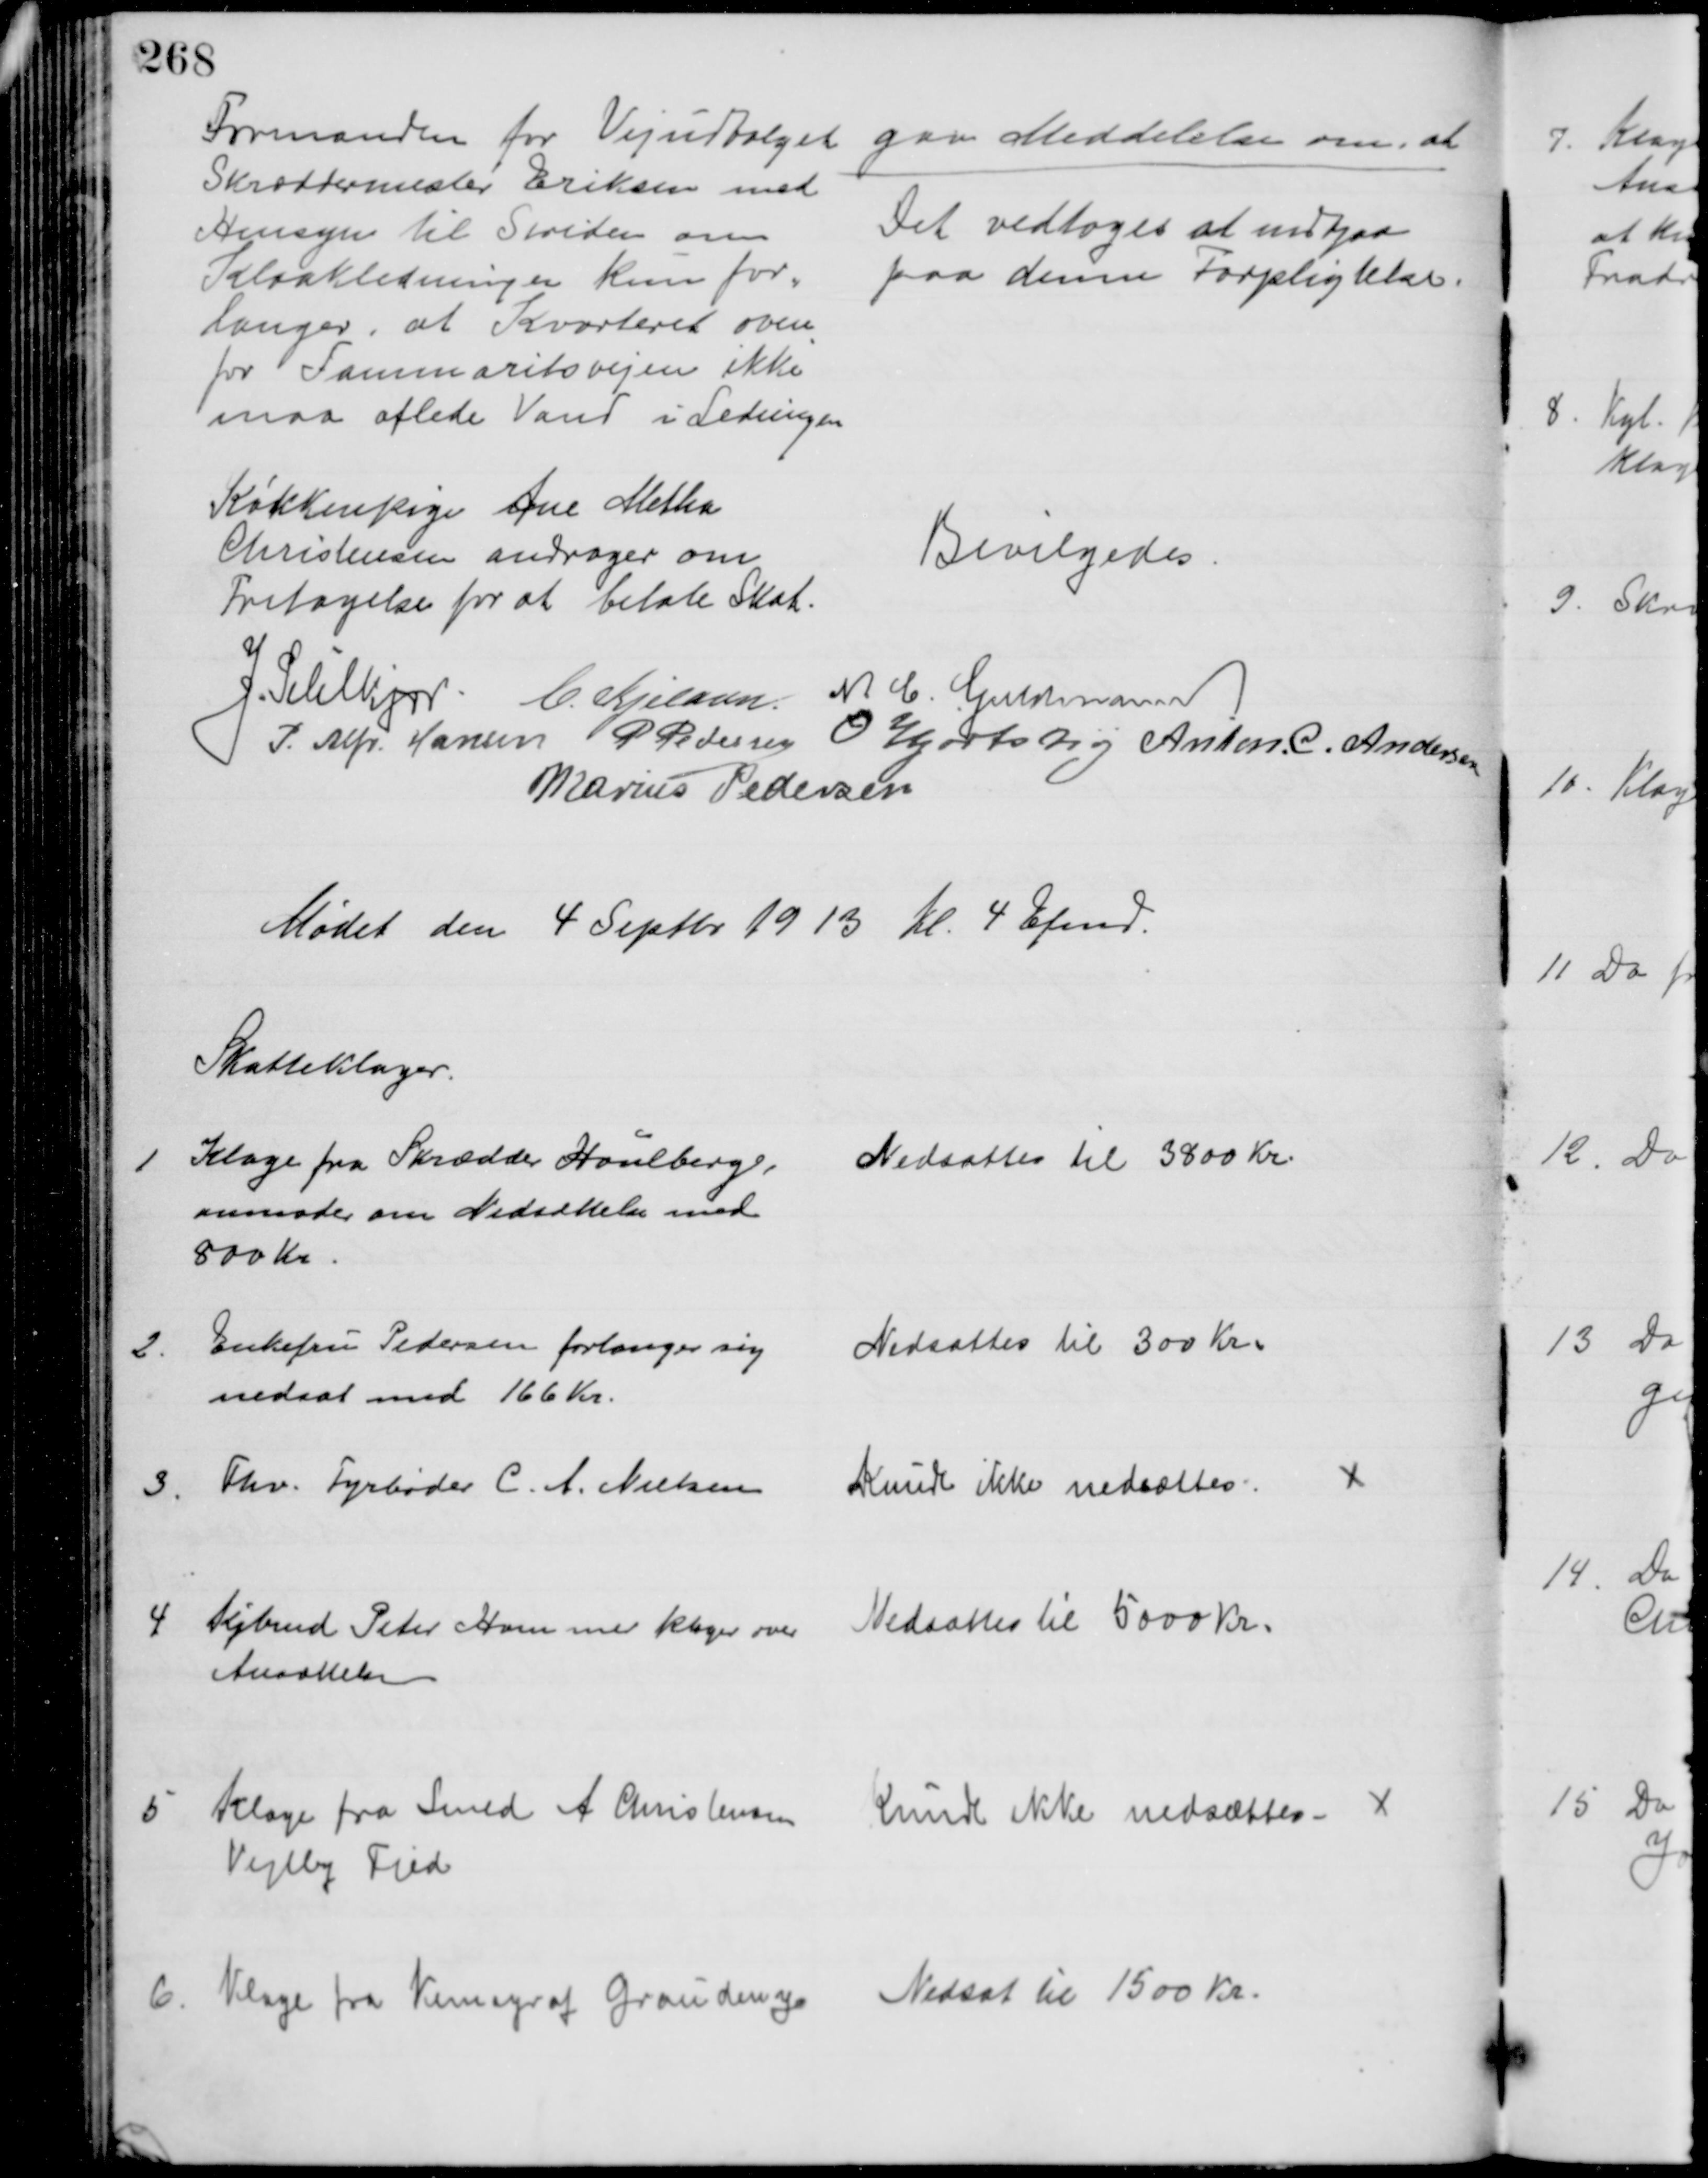
Transskription:
Formanden for Vejudvalget gav Meddelelse om, at
Skræddermester Eriksen med
Hensyn til Striden om
Kloakledningen kun for=
langer, at Kvarteret oven
for Tammaritsvejen ikke
maa aflede Vand i Ledningen
Det vedtoges at indgaa
paa denne Forpligtelse.
Køkkenpige Ane Metha
Christensen andrager om
Fritagelse for at betale Skat.
Bevilgedes.
J. Pihlkjær C. Kjeldsen. N. C. Guldmann
P. Alfr. Hansen
P Pedersen
O Hjortshøj Anton. C. Andersen
Marius Pedersen
Mødet den 4 Septbr 1913 Kl 4 Efmd.
Skatteklager.
1
Klage fra Skrædder Houlberg,
anmoder om Nedsættelse med
800 Kr.
Nedsattes til 3800 Kr.
2.
Enkefru Pedersen forlanger sig
nedsat med 166 Kr.
Nedsattes til 300 Kr.
3.
Fhv. Fyrbøder C. A. Nielsen  
Kunde ikke nedsættes. 
4
Kjbmd Peter Hven klager over 
Ansættelsen
Nedsattes til 5000 Kr.
5
Klage fra Smed A. Christensen  
Vejlby Fjed
Kunde ikke nedsættes 
6.
Klage fra Kemigraf Graudeng 
Nedsat til 1500 Kr.